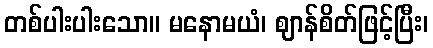
တစ်ပါးပါးသော။ မနောမယံ၊ ဈာန်စိတ်ဖြင့်ပြီး၊